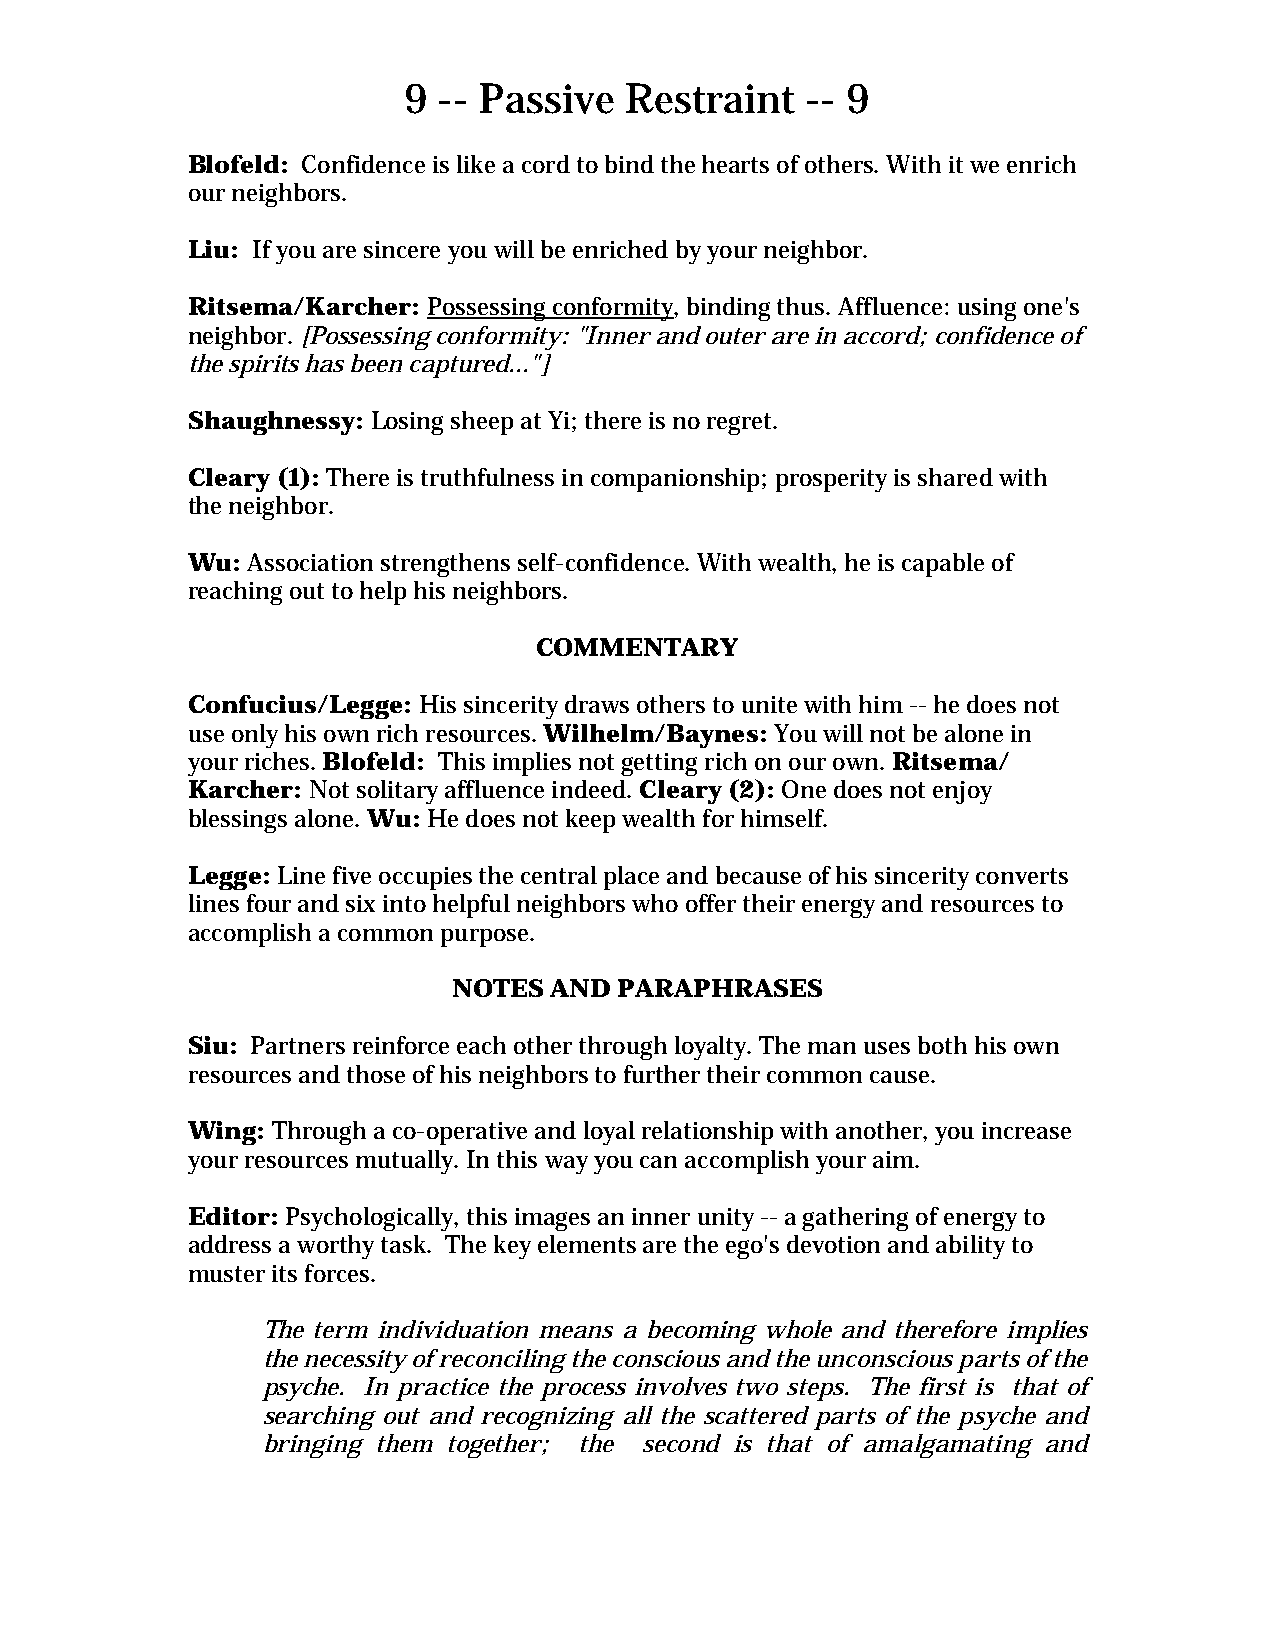
9 -- Passive  Restraint   -- 9
 Blofeld: Confidence is like a cord to bind the hearts of others. With it we enrich
 our neighbors.
 Liu: If you are sincere you will be enriched by your neighbor.
 Ritsema/Karcher: Possessing conformity, binding thus. Affluence: using one's
 neighbor. [Possessing conformity: "Inner and outer are in accord; confidence of
 the spirits has been captured..."]
 Shaughnessy: Losing sheep at Yi; there is no regret.
 Cleary (1): There is truthfulness in companionship; prosperity is shared with
 the neighbor.
 Wu: Association strengthens self-confidence. With wealth, he is capable of
 reaching out to help his neighbors.
 COMMENTARY
 Confucius/Legge: His sincerity draws others to unite with him -- he does not
 use only his own rich resources. Wilhelm/Baynes: You will not be alone in
 your riches. Blofeld: This implies not getting rich on our own. Ritsema/
 Karcher: Not solitary affluence indeed. Cleary (2): One does not enjoy
 blessings alone. Wu: He does not keep wealth for himself.
 Legge: Line five occupies the central place and because of his sincerity converts
 lines four and six into helpful neighbors who offer their energy and resources to
 accomplish a common purpose.
 NOTES AND  PARAPHRASES
 Siu: Partners reinforce each other through loyalty. The man uses both his own
 resources and those of his neighbors to further their common cause.
 Wing: Through a co-operative and loyal relationship with another, you increase
 your resources mutually. In this way you can accomplish your aim.
 Editor: Psychologically, this images an inner unity -- a gathering of energy to
 address a worthy task. The key elements are the ego's devotion and ability to
 muster its forces.
 The term individuation means a becoming whole and therefore implies
 the necessity of reconciling the conscious and the unconscious parts of the
 psyche. In practice the process involves two steps. The first is that of
 searching out and recognizing all the scattered parts of the psyche and
 bringing them together; the second is that of amalgamating and